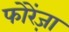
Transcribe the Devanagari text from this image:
फोरेंज़ा